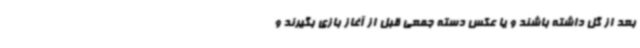
بعد از گل داشته باشند و یا عکس دسته جمعی قبل از آغاز بازی بگیرند و